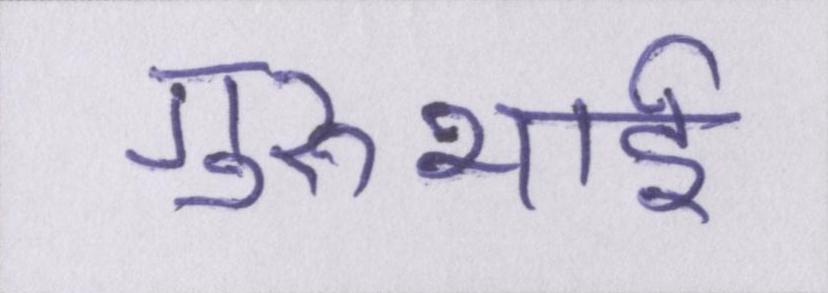
गुरुभाई